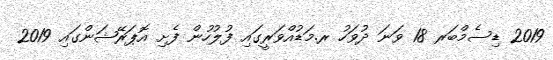
2019 ޑިސެމްބަރ 18 ވަނަ ދުވަހު ރ.މަޑުއްވަރީގައި ފުލުހުން ފެށި އޮޕަރޭޝަންގައި 2019